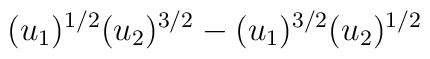
(u_1)^{1/2} (u_2)^{3/2} - (u_1)^{3/2} (u_2)^{1/2}